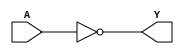
module	inv (A, Y);

   input A;
   output Y;
   
   not u1 (Y,A);
   
endmodule 

//AND

module	and2 (A, B, Y);

   input A, B;
   output Y;
   
   and u1 (Y,A,B);
   
endmodule 

module	and3 (A, B, C, Y);

   input A, B,C;
   output Y;
   
   and u1 (Y,A,B,C);
   
endmodule 

module	and4 (A,B,C,D, Y);

   input A,B,C,D;
   output Y;
   
   and u1 (Y,A,B,C,D);
   
endmodule 

module	and5 (A,B,C,D,E, Y);

   input A,B,C,D,E;
   output Y;
   
   and u1 (Y,A,B,C,D,E);
   
endmodule 

module	and8 (A,B,C,D,E,F,G,H, Y);

   input A,B,C,D,E,F,G,H;
   output Y;
   
   and u1 (Y,A,B,C,D,E,F,G,H);
   
endmodule 

//NAND

module	nand2 (A, B, Y);

   input A, B;
   output Y;
   
   nand u1 (Y,A,B);
   
endmodule 

module	nand3 (A, B, C, Y);

   input A, B,C;
   output Y;
   
   nand u1 (Y,A,B,C);
   
endmodule 

module	nand4 (A,B,C,D, Y);

   input A,B,C,D;
   output Y;
   
   nand u1 (Y,A,B,C,D);
   
endmodule 

module	nand5 (A,B,C,D,E, Y);

   input A,B,C,D,E;
   output Y;
   
   nand u1 (Y,A,B,C,D,E);
   
endmodule 

module	nand8 (A,B,C,D,E,F,G,H, Y);

   input A,B,C,D,E,F,G,H;
   output Y;
   
   nand u1 (Y,A,B,C,D,E,F,G,H);
   
endmodule 

//XOR

module	xor2 (A, B, Y);

   input A, B;
   output Y;
   
   xor u1 (Y,A,B);
   
endmodule 

module	xor3 (A, B, C, Y);

   input A, B,C;
   output Y;
   
   xor u1 (Y,A,B,C);
   
endmodule 

module	xor4 (A,B,C,D, Y);

   input A,B,C,D;
   output Y;
   
   xor u1 (Y,A,B,C,D);
   
endmodule 

module	xor5 (A,B,C,D,E, Y);

   input A,B,C,D,E;
   output Y;
   
   xor u1 (Y,A,B,C,D,E);
   
endmodule 

module	xor8 (A,B,C,D,E,F,G,H, Y);

   input A,B,C,D,E,F,G,H;
   output Y;
   
   xor u1 (Y,A,B,C,D,E,F,G,H);
   
endmodule 

//NOR

module	nor2 (A, B, Y);

   input A, B;
   output Y;
   
   nor u1 (Y,A,B);
   
endmodule 

//OR

module	or2 (A, B, Y);

   input A, B;
   output Y;
   
   or u1 (Y,A,B);
   
endmodule 

module	or8 (A,B,C,D,E,F,G,H, Y);

   input A,B,C,D,E,F,G,H;
   output Y;
   
   or u1 (Y,A,B,C,D,E,F,G,H);
   
endmodule